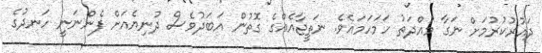
ދައުރުކުރުމަށް ނަގާ މުއްދަތު ހަމަހަމައެވެ. ނަތީޖާއެއްގެ ގޮތުން އަބަދުވެސް ދުނިޔެއަށް ފެންނަނީ ހަނދުގެ